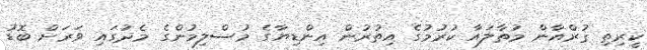
ކީރިތި ޤުރްއާން މުތާލައާ ކުރުމުގެ އިތުރުން އިންޑިޔާގެ މުސްލިމުންގެ މެދުގައި ވަރަށް ބޮޑު